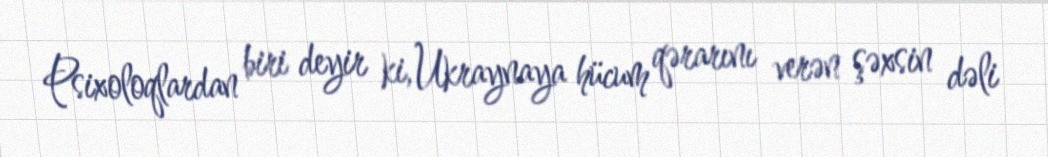
Psixoloqlardan biri deyir ki, Ukraynaya hücum qərarını verən şəxsin dəli